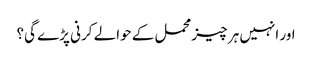
اور انہیں ہر چیز محمل کے حوالے کرنی پڑے گی؟